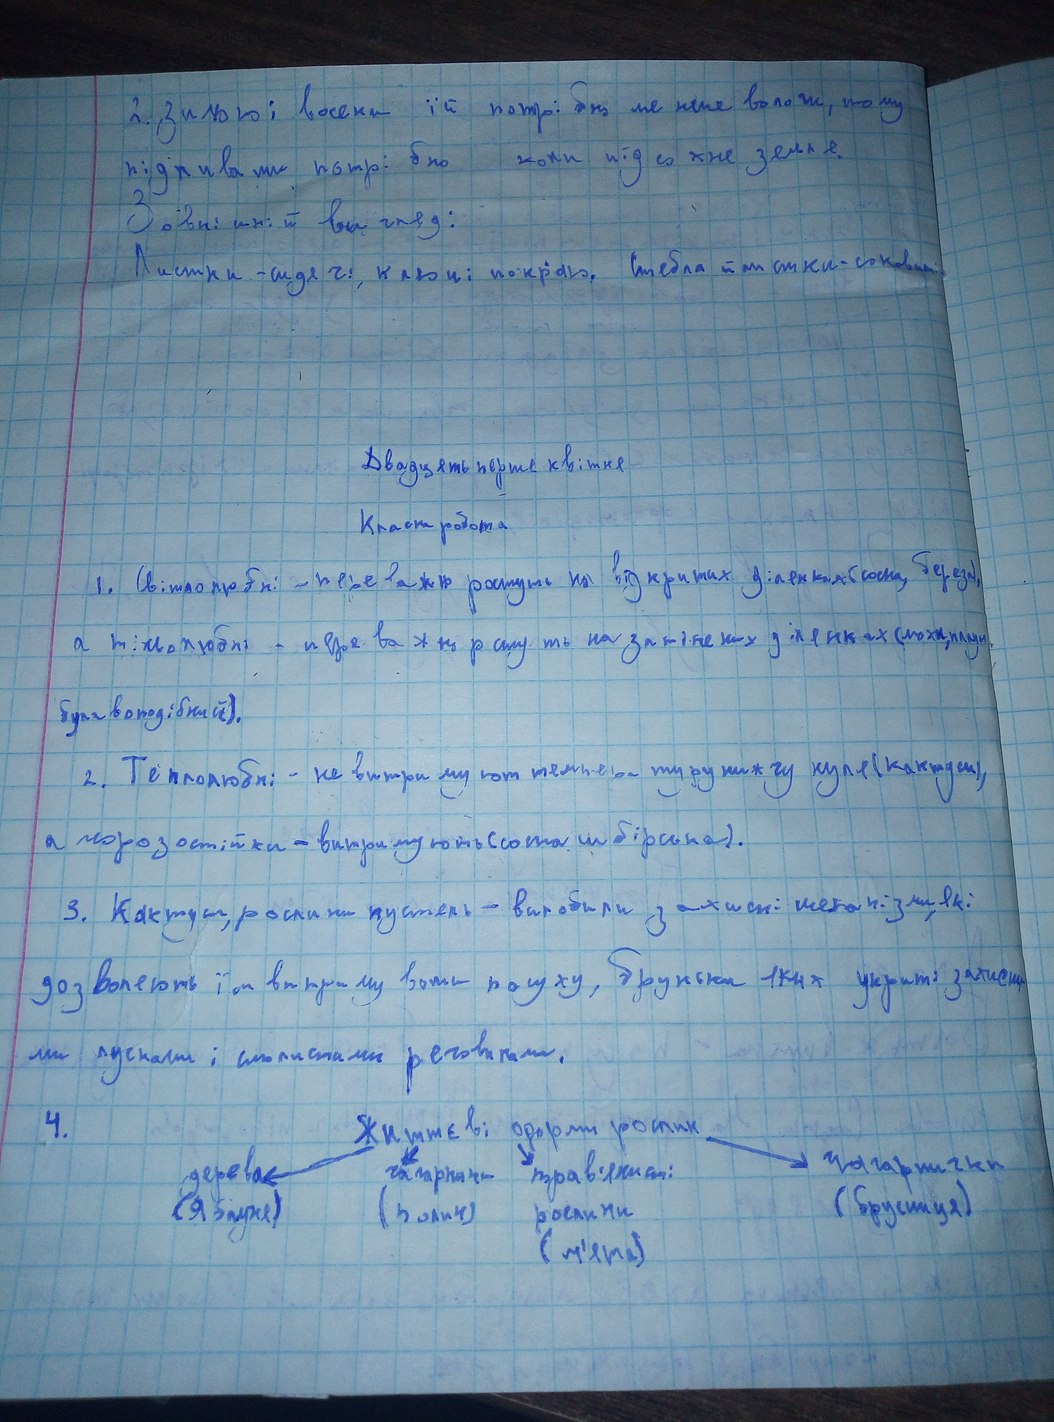
2. зимою і восени їй потрібно менше вологи, тому
підливати потрі бно коли підсохне земля.
Зовнішній вигляд:
Листки - сидячі, колючі по краю, стебла й листки - соковиті.
Двадцять перше квітня
Класна робота
1. Світлолюбні - переважно ростуть на відкритих ділянках (сосна, береза).
а тіньолюбні - переважно ростуть на затінених ділянках (мохи, плаун
булавоподібний).
2. Теплолюбні: - не витримують температуру нижчу нуля (кактуси),
а морозостійки - витримують (сосна и бірина).
3. Кактуси, рослини пустелі - виробили захистні маханізми які
дозволяють їм витримувати посуху, бруньки яких укриті захисни
ми лусками і слизистими речовинами.
4. Життєві форми рослин.
дерева чагарники трав'янисті чагарнична
(яблуня)  (полин)   рослини   (брусниця)
(м'ята)